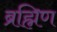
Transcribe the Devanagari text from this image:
ब्रह्मिण